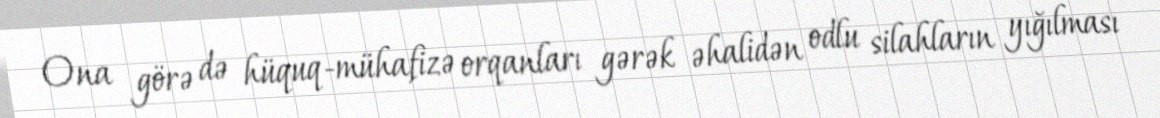
Ona görə də hüquq-mühafizə orqanları gərək əhalidən odlu silahların yığılması